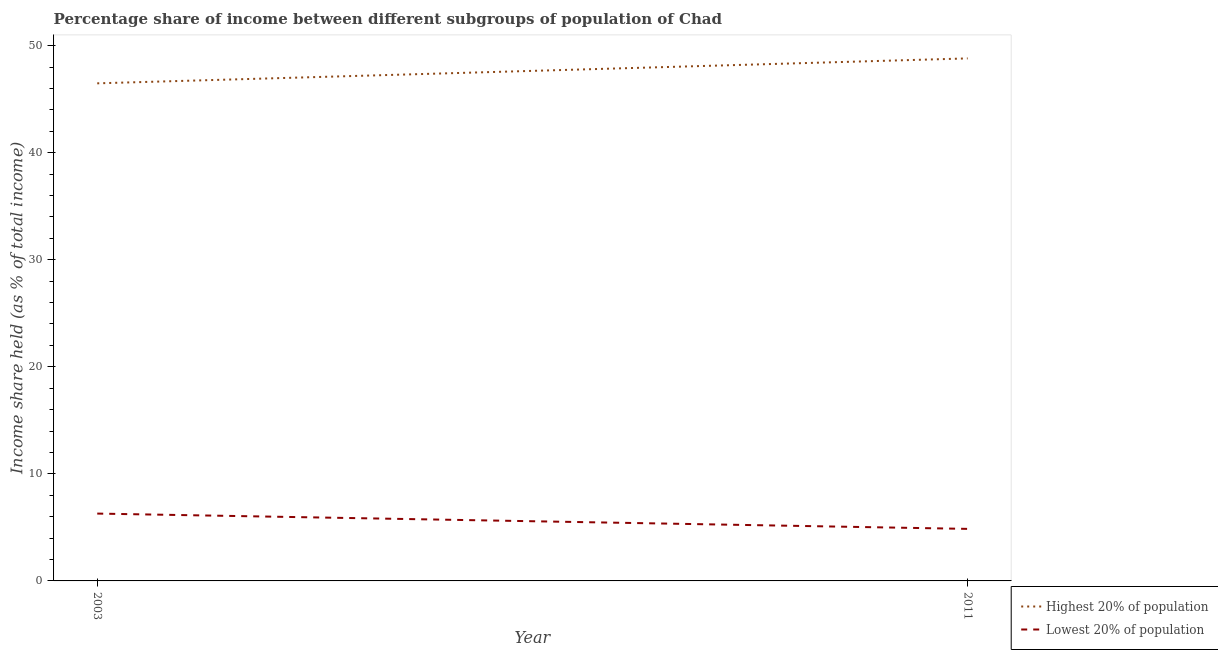
| Year | Highest 20% of population | Lowest 20% of population |
 | --- | --- | --- |
 | 2003 | 46.5 | 6.29 |
 | 2011 | 48.8 | 4.86 |